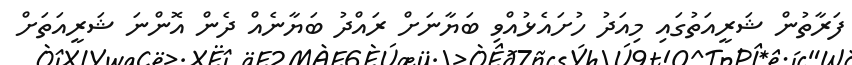
ފަރާތުން ޝަރީއަތުގައި މިއަދު ހުށައެޅުއްވި ބަޔާނަށް ރައްދު ބަޔާނެއް ދެން އޮންނަ ޝަރީއަތަށް